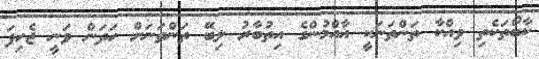
ކާބޯތަކެތި ވިއްކާ ތަންތަނަކީ އާއްމުންގެ އިތުބާރު ލިބޭ ތަންތަނަށް ހަދަން ވަނީ ޖެހިފަ